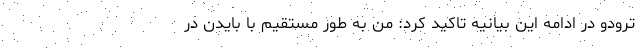
ترودو در ادامه این بیانیه تاکید کرد: من به طور مستقیم با بایدن در